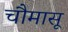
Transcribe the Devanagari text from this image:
चौमासू